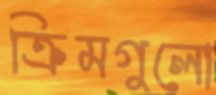
ক্রিমগুলো